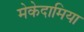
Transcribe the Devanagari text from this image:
मेकेदामिया